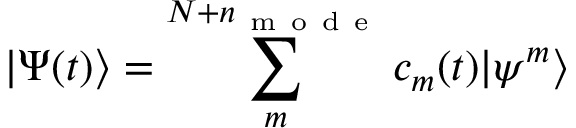
| \Psi ( t ) \rangle = \sum _ { m } ^ { N + n _ { \mathrm { ~ m ~ o ~ d ~ e ~ } } } c _ { m } ( t ) | \psi ^ { m } \rangle